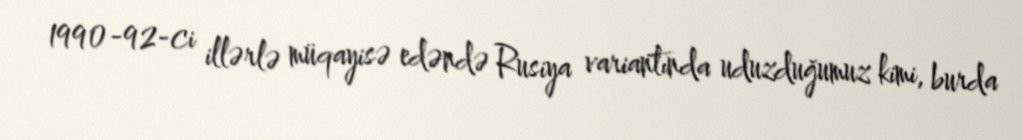
1990-92-ci illərlə müqayisə edəndə Rusiya variantında uduzduğumuz kimi, burda